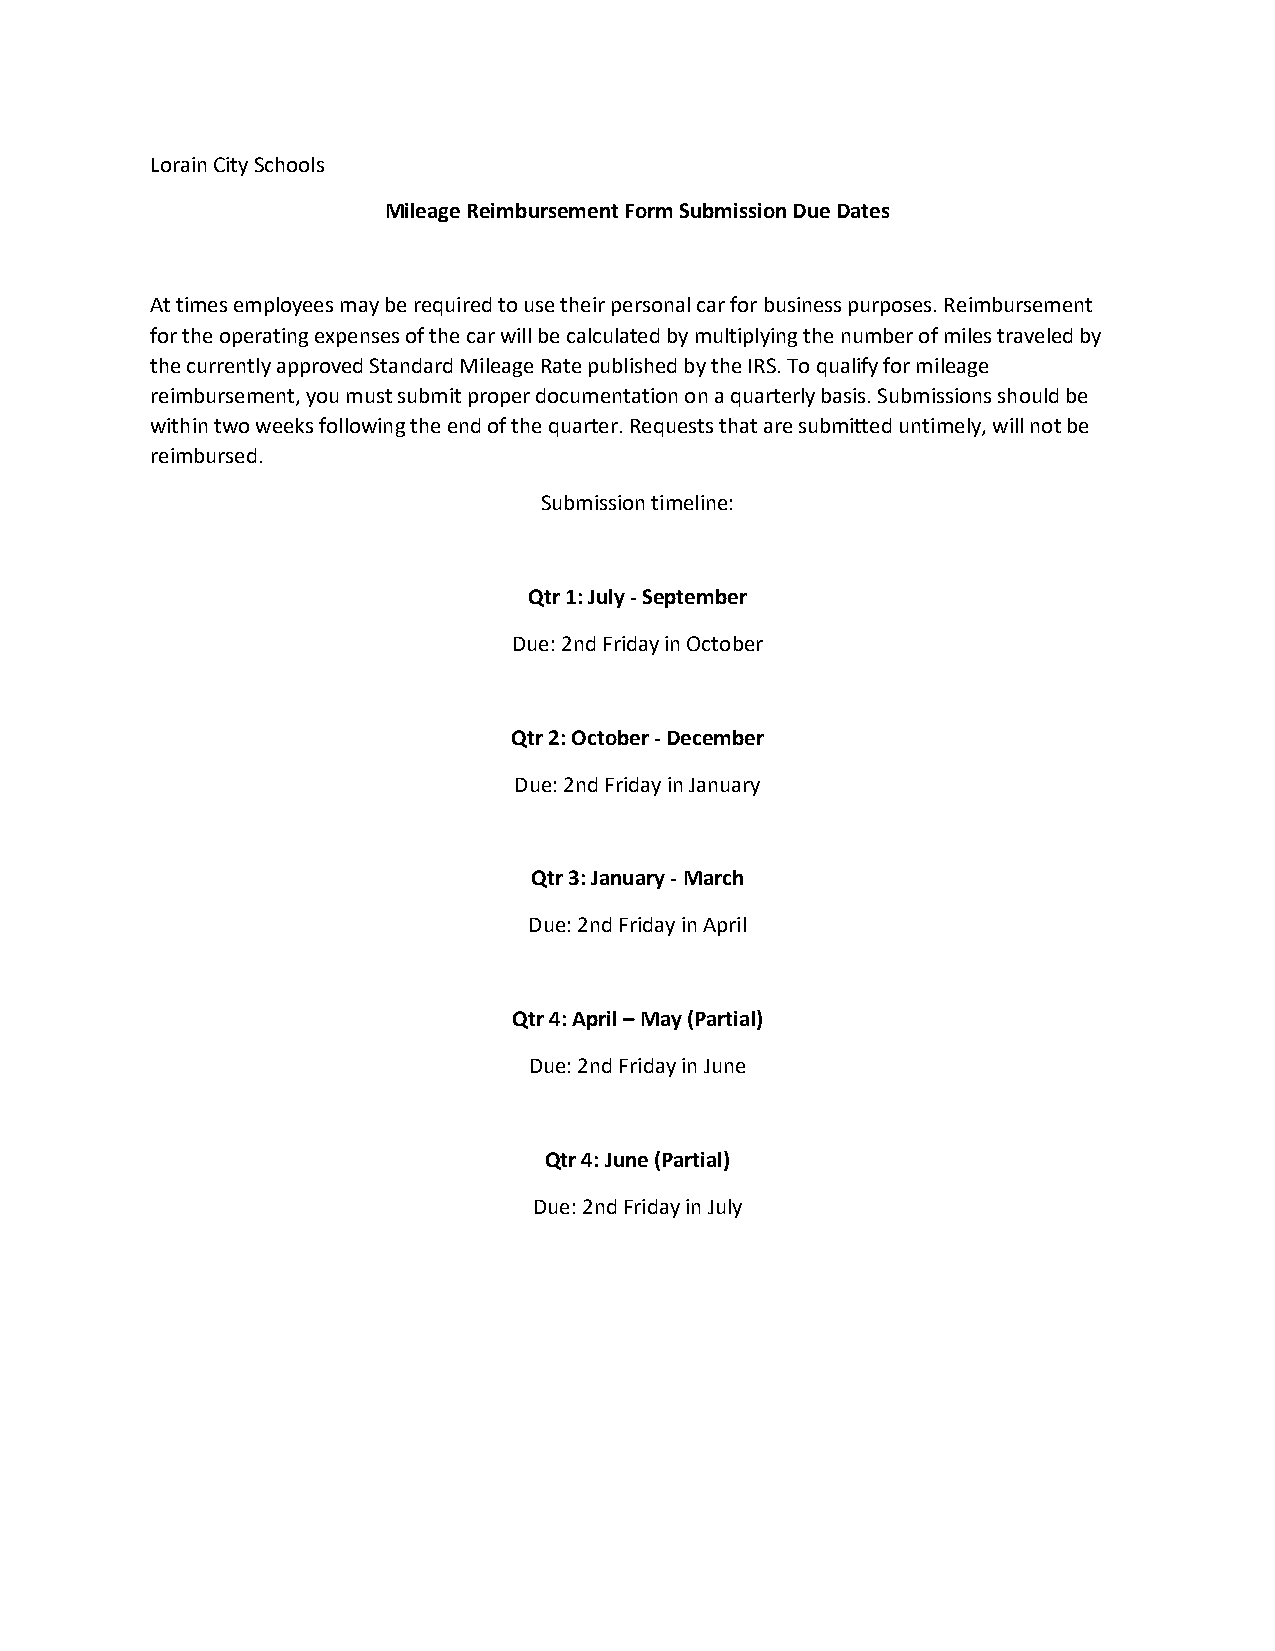
Lorain City Schools
 Mileage Reimbursement Form Submission Due Dates
 At times employees may be required to use their personal car for business purposes. Reimbursement
 for the operating expenses of the car will be calculated by multiplying the number of miles traveled by
 the currently approved Standard Mileage Rate published by the IRS. To qualify for mileage
 reimbursement, you must submit proper documentation on a quarterly basis. Submissions should be
 within two weeks following the end of the quarter. Requests that are submitted untimely, will not be
 reimbursed.
 Submission timeline:
 Qtr 1: July - September
 Due: 2nd Friday in October
 Qtr 2: October - December
 Due: 2nd Friday in January
 Qtr 3: January - March
 Due: 2nd Friday in April
 Qtr 4: April – May (Partial)
 Due: 2nd Friday in June
 Qtr 4: June (Partial)
 Due: 2nd Friday in July